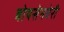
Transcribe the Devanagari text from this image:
बोयसेनबेरी